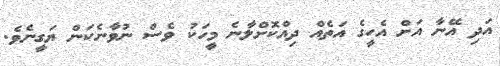
އަދި އޭނާ އަށް އެހީގެ އަތެއް ދިއްކޮށްލާނެ މީހަކު ވެސް ނުވާނެކަން ޔަގީނެވެ.